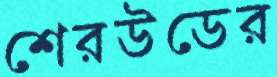
শেরউডের